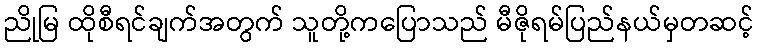
ညိုမြ ထိုစီရင်ချက်အတွက် သူတို့ကပြောသည် မီဇိုရမ်ပြည်နယ်မှတဆင့်